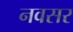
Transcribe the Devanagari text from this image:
नवसर